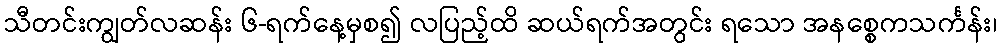
သီတင်းကျွတ်လဆန်း ၆-ရက်နေ့မှစ၍ လပြည့်ထိ ဆယ်ရက်အတွင်း ရသော အနစ္စေကသင်္ကန်း၊